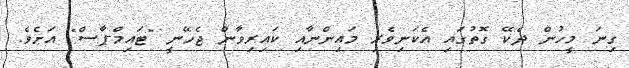
ގިނަ މީހުން ދެކޭ ގޮތުގައި އެކަނިވެރި މައިންނާއި ކައިރިވާން ޖެހޭނީ "ޓައިމް-ޕާސް" އަށެވެ.